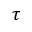
\tau